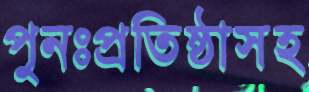
পুনঃপ্রতিষ্ঠাসহ